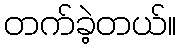
တက်ခဲ့တယ်။